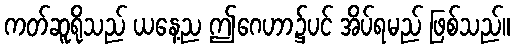
ကတ်ဆူရိုသည် ယနေ့ည ဤဂေဟာ၌ပင် အိပ်ရမည် ဖြစ်သည်။